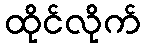
ထိုင်လိုက်